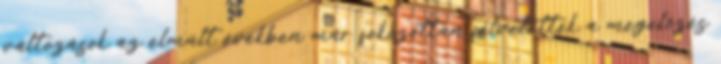
változások az elmúlt években már fokozottan felvetették a megelőzés